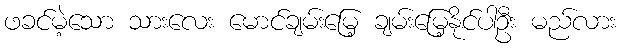
ဖခင်မဲ့သော သားလေး မောင်ချမ်းမြေ့ ချမ်းမြေ့နိုင်ပါဦး မည်လား